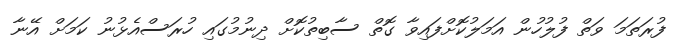
ފުރަތަމަ ވަތް ފުލުހުން އަމަލުކޮށްފައިވާ ގޮތް ސާބިތުކޮށް ދިނުމުގައި ހުރަސްއެޅުނު ކަމަށް އޭނާ